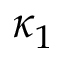
\kappa _ { 1 }